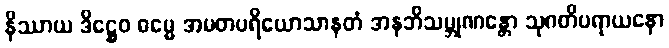
နိဿာယ ဒိဋ္ဌေဝ ဓမ္မေ အမတပရိယောသာနတံ အနဘိသမ္ဘုဏန္တော သုဂတိပရာယနော